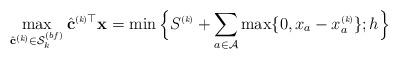
LaTeX: \begin{align*} \max_{\hat{\mathbf{c}}^{\mbox{\tiny \upshape (\itshape k\upshape)}} \in \mathcal{S}^{(bf)}_k} \hat{\mathbf{c}}^{\mbox{\tiny \upshape (\itshape k\upshape)}\top} \mathbf{x} = \min\Big\{S^{\mbox{\tiny \upshape (\itshape k\upshape)}} + \sum_{a \in \mathcal{A}} \max\{0, x_a - x^{\mbox{\tiny \upshape (\itshape k\upshape)}}_a\}; h\Big\} \end{align*}